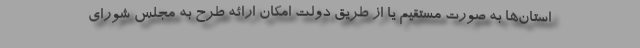
استان‌ها به صورت مستقیم یا از طریق دولت امکان ارائه طرح به مجلس شورای